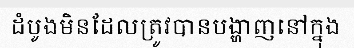
ដំបូងមិនដែលត្រូវបានបង្ហាញនៅក្នុង